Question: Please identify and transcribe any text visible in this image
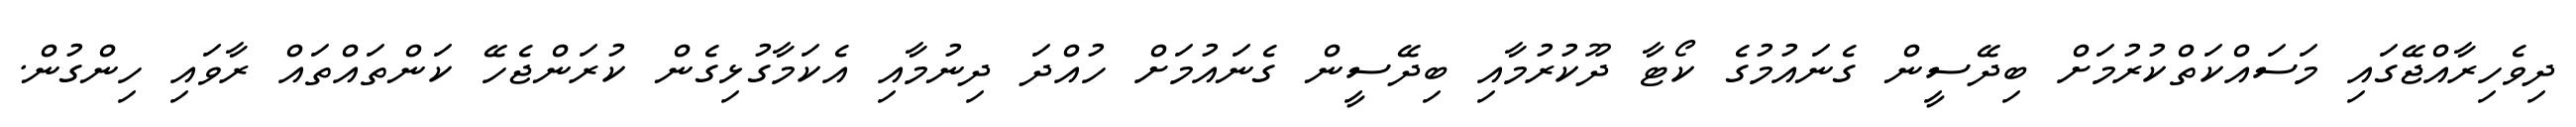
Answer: ދިވެހިރާއްޖޭގައި މަސައްކަތްކުރުމަށް ބިދޭސީން ގެނައުމުގެ ކޯޓާ ދޫކުރުމާއި ބިދޭސީން ގެނައުމަށް ހުއްދަ ދިނުމާއި އެކަމާގުޅިގެން ކުރަންޖެހޭ ކަންތައްތައް ރާވައި ހިންގުން.